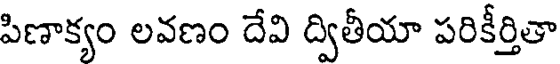
పిణాక్యం లవణం దేవి ద్వితీయా పరికీర్తితా